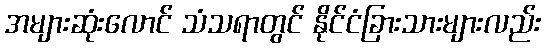
အများဆုံးလောင် သံသရာတွင် နိုင်ငံခြားသားများလည်း